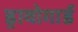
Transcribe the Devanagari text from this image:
ड्रावोगार्ड